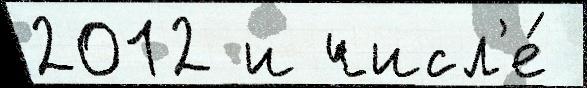
2012 и числ'е́